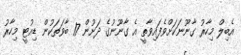
އެބިލް މިހާރު ގާނޫނަކަށްވެފައިވާތީ އެ ގާނޫނުގެ ދަށުން 17 ބާވަތަކުން ޑިއުޓީ މިހާރު